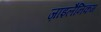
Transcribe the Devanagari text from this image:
ज़ाइलैनिकम